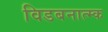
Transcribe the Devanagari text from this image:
विडबनात्म्क